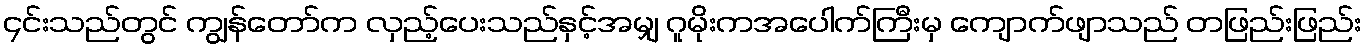
၄င်းသည်တွင် ကျွန်တော်က လှည့်ပေးသည်နှင့်အမျှ ဂူမိုးကအပေါက်ကြီးမှ ကျောက်ဖျာသည် တဖြည်းဖြည်း